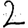
Digit: 2